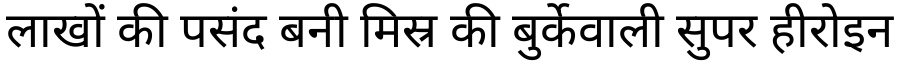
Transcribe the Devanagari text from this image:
लाखों की पसंद बनी मिस्र की बुर्केवाली सुपर हीरोइन